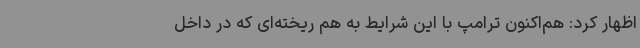
اظهار کرد: هم‌اکنون ترامپ با این شرایط به هم ریخته‌ای که در داخل